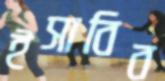
ইসাবিব